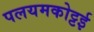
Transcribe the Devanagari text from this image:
पलयमकोट्टई